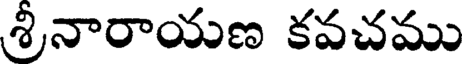
శ్రీనారాయణ కవచము